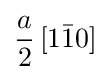
{\frac {a}{2}}\left[1{\bar {1}}0\right]